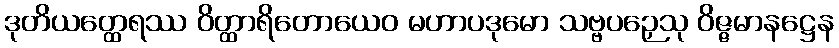
ဒုတိယတ္ထေရဿ ဝိတ္ထာရိတောယေဝ မဟာပဒုမော သဗ္ဗပဉှေသု ဝိဇ္ဇမာနဋ္ဌေန